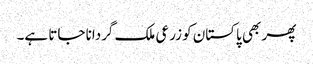
پھر بھی پاکستان کو زرعی ملک گردانا جاتا ہے۔